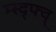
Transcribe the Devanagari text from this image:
म्स्द्फ्व्